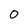
Character: 0